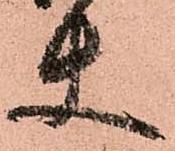
使